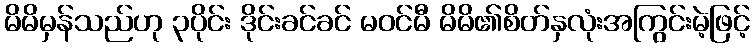
မိမိမှန်သည်ဟု ၃ပိုင်း ဒိုင်းခင်ခင် မဝင်မီ မိမိ၏စိတ်နှလုံးအကြွင်းမဲ့ဖြင့်